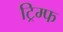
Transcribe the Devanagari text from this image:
ट्रिम्फ